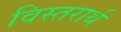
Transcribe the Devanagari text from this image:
विस्तरार्थ